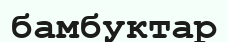
бамбуктар